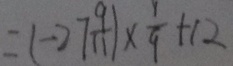
= ( - 2 7 \frac { 9 } { 1 1 } ) \times \frac { 1 } { 9 } + 1 2